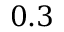
0 . 3